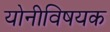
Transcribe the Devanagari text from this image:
योनीविषयक